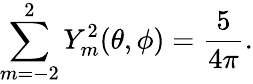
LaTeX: \sum_{m=-2}^{2}Y_{m}^{2}(\theta,\phi)=\frac{5}{4\pi}.